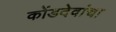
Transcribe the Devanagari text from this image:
कोंडदेवांचा